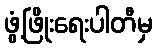
ဖွံ့ဖြိုးရေးပါတီမှ